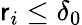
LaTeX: \mathsf{r}_{i}\leq\delta_{0}